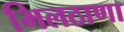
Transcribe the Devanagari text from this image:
भिलठाणा